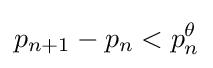
p_{n+1}-p_{n}<p_{n}^{\theta }